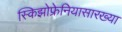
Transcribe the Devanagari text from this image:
स्किझोफ्रेनियासारख्या